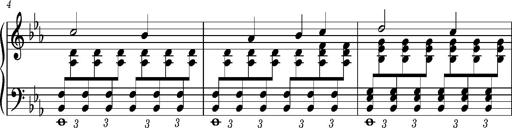
Title: PrÃ©ludes et Harmonies poÃ©tiques et religieuses
Composer: Franz Liszt